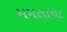
મમતાના